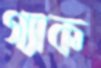
গ্যাক